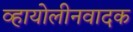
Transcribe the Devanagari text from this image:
व्हायोलीनवादक